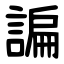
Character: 諞